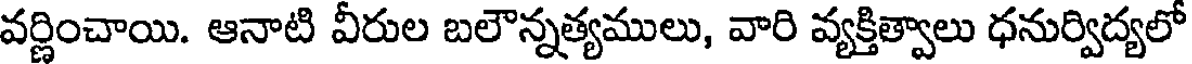
వర్ణించాయి. ఆనాటి వీరుల బలౌన్నత్యములు, వారి వ్యక్తిత్వాలు ధనుర్విద్యలో